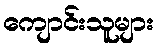
ကျောင်းသူများ